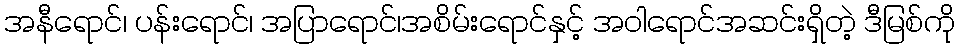
အနီရောင်၊ ပန်းရောင်၊ အပြာရောင်၊အစိမ်းရောင်နှင့် အဝါရောင်အဆင်းရှိတဲ့ ဒီမြစ်ကို